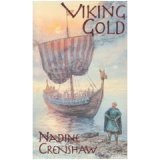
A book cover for Viking Gold; Nadine Crenshaw; Romance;